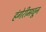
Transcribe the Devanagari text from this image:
हंगेरीमधून